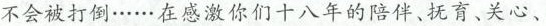
不会被打倒··· ···在感激你们十八年的陪伴、抚育、关心、